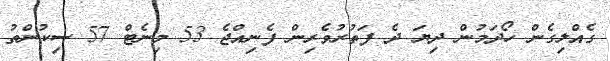
ގެއްލިގެން ހޯދަމުން ދިޔަ ދެ ފަތުރުވެރިން ފެނިއްޖެ 53 މިނެޓް 57 ސިކުންތު